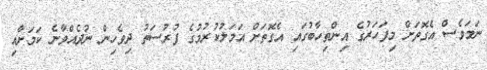
ނަމަވެސް އެގޮތަށް މިފަހަރުގެ އިންތިހާބުގައި އެގޮތަށް އަމަލުކުރުމުގެ ފުރުސަތު ދިވެހިން ނުދެއްވާނެ ކަމަށާއި